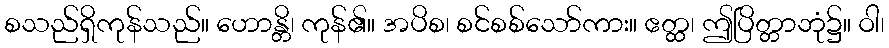
စသည်ရှိကုန်သည်။ ဟောန္တိ၊ ကုန်၏။ အပိစ၊ စင်စစ်သော်ကား။ ဧတ္ထ၊ ဤပြိတ္တာဘုံ၌။ ဝါ၊